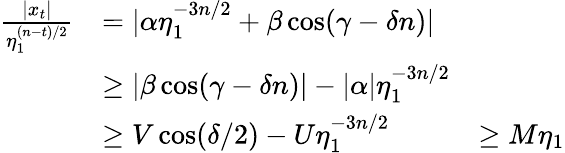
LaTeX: \begin{array}{rlr}{\frac{|x_{t}|}{\eta_{1}^{(n-t)/2}}}&{=|\alpha\eta_{1}^{-3n/2}+\beta\cos(\gamma-\delta n)|}\\ &{\ge|\beta\cos(\gamma-\delta n)|-|\alpha|\eta_{1}^{-3n/2}}\\ &{\ge V\cos(\delta/2)-U\eta_{1}^{-3n/2}}&{\ge M\eta_{1}}\end{array}